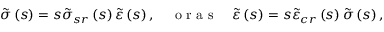
\tilde { \sigma } \left( s \right) = s \tilde { \sigma } _ { s r } \left( s \right) \tilde { \varepsilon } \left( s \right) , \quad \mathrm { ~ o ~ r ~ a ~ s ~ } \quad \tilde { \varepsilon } \left( s \right) = s \tilde { \varepsilon } _ { c r } \left( s \right) \tilde { \sigma } \left( s \right) ,